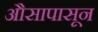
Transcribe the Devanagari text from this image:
औसापासून